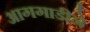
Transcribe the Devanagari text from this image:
आगगाडीने